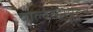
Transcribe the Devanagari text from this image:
वोल्वरहेम्पटन